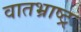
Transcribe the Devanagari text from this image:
वातभ्राष्ट्र